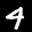
Label: 4